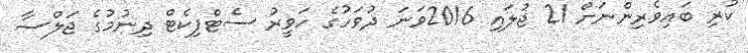
ކުރި ބައިވެރިންނަށް 21 ޖުލައި 2016ވަނަ ދުވަހުގެ ހަވީރު ސެޓްފިކެޓް ދިނުމުގެ ޖަލްސާ